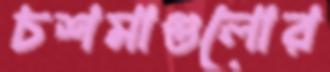
চশমাগুলোর